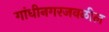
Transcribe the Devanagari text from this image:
गांधीनगरजवळील